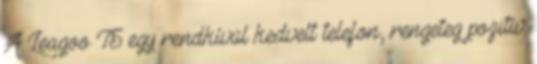
A Leagoo T5 egy rendkívül kedvelt telefon, rengeteg pozitív